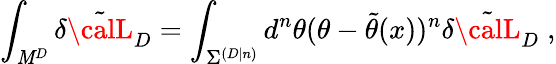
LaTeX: \int_{\mathit{M}^{D}}\delta\tilde{{{\calL}}}_{D}=\int_{{\Sigma}^{(D|n)}}d^{n}\theta(\theta-\tilde{{\theta}}(x))^{n}\delta\tilde{{{\calL}}}_{D}\; ,